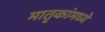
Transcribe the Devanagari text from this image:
मातृकांमध्ये